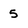
Character: 5